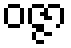
ဝဇ္ဇာ